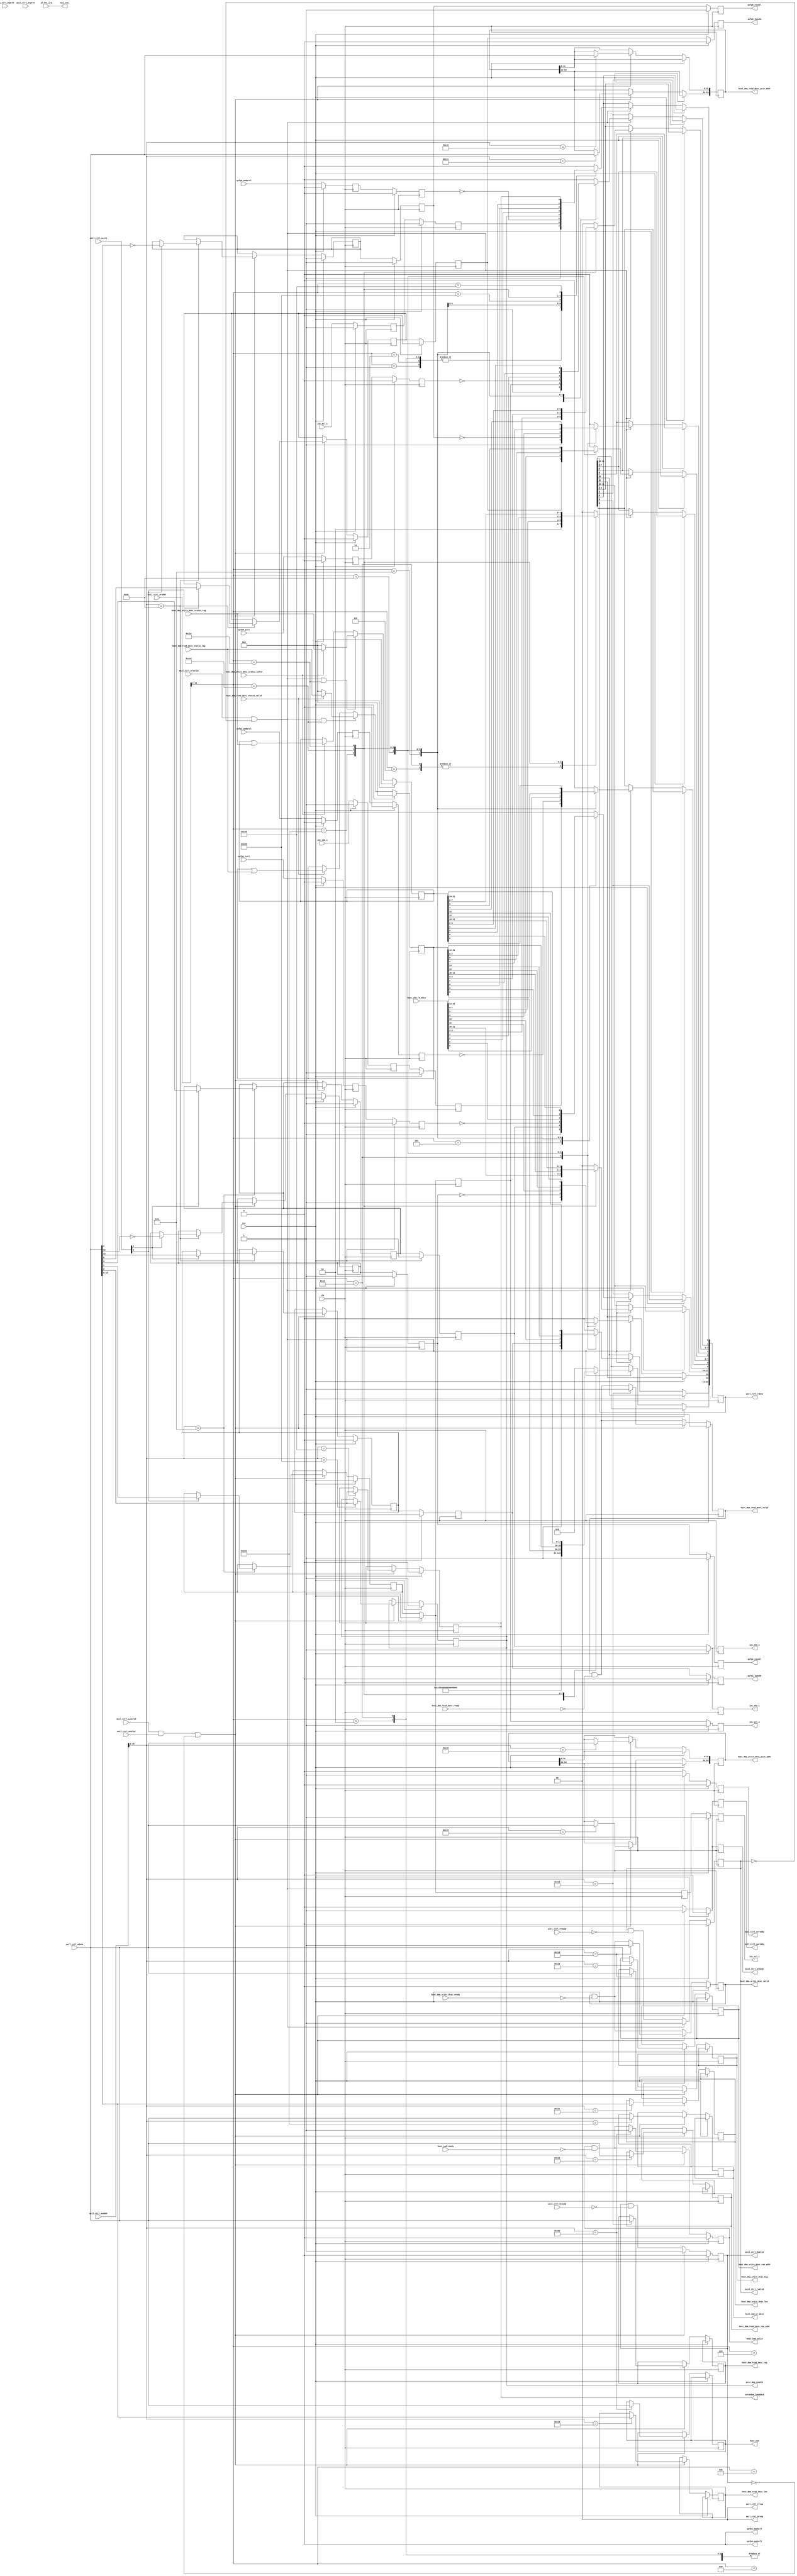
// This program was cloned from: https://github.com/ucsdsysnet/Rosebud
// License: MIT License

/*

Copyright (c) 2019-2021 Moein Khazraee

Permission is hereby granted, free of charge, to any person obtaining a copy
of this software and associated documentation files (the "Software"), to deal
in the Software without restriction, including without limitation the rights
to use, copy, modify, merge, publish, distribute, sublicense, and/or sell
copies of the Software, and to permit persons to whom the Software is
furnished to do so, subject to the following conditions:

The above copyright notice and this permission notice shall be included in
all copies or substantial portions of the Software.

THE SOFTWARE IS PROVIDED "AS IS", WITHOUT WARRANTY OF ANY KIND, EXPRESS OR
IMPLIED, INCLUDING BUT NOT LIMITED TO THE WARRANTIES OF MERCHANTABILITY
FITNESS FOR A PARTICULAR PURPOSE AND NONINFRINGEMENT. IN NO EVENT SHALL THE
AUTHORS OR COPYRIGHT HOLDERS BE LIABLE FOR ANY CLAIM, DAMAGES OR OTHER
LIABILITY, WHETHER IN AN ACTION OF CONTRACT, TORT OR OTHERWISE, ARISING FROM,
OUT OF OR IN CONNECTION WITH THE SOFTWARE OR THE USE OR OTHER DEALINGS IN
THE SOFTWARE.

*/

// Language: Verilog 2001

`resetall
`timescale 1ns / 1ps
`default_nettype none

module pcie_config # (
  parameter PCIE_ADDR_WIDTH         = 64,
  parameter PCIE_RAM_ADDR_WIDTH     = 32,
  parameter PCIE_DMA_LEN_WIDTH      = 16,
  parameter HOST_DMA_TAG_WIDTH      = 32,
  parameter AXIL_DATA_WIDTH         = 32,
  parameter AXIL_STRB_WIDTH         = (AXIL_DATA_WIDTH/8),
  parameter AXIL_ADDR_WIDTH         = 32,
  parameter IF_COUNT                = 2,
  parameter PORTS_PER_IF            = 1,
  parameter FW_ID                   = 32'd0,
  parameter FW_VER                  = {16'd0, 16'd1},
  parameter BOARD_ID                = {16'h1ce4, 16'h0003},
  parameter BOARD_VER               = {16'd0, 16'd1},
  parameter FPGA_ID                 = 32'h3823093
) (
  input  wire                           clk,
  input  wire                           rst,

  // AXI lite
  input  wire [AXIL_ADDR_WIDTH-1:0]     axil_ctrl_awaddr,
  input  wire [2:0]                     axil_ctrl_awprot,
  input  wire                           axil_ctrl_awvalid,
  output reg                            axil_ctrl_awready,
  input  wire [AXIL_DATA_WIDTH-1:0]     axil_ctrl_wdata,
  input  wire [AXIL_STRB_WIDTH-1:0]     axil_ctrl_wstrb,
  input  wire                           axil_ctrl_wvalid,
  output reg                            axil_ctrl_wready,
  output wire [1:0]                     axil_ctrl_bresp,
  output reg                            axil_ctrl_bvalid,
  input  wire                           axil_ctrl_bready,
  input  wire [AXIL_ADDR_WIDTH-1:0]     axil_ctrl_araddr,
  input  wire [2:0]                     axil_ctrl_arprot,
  input  wire                           axil_ctrl_arvalid,
  output reg                            axil_ctrl_arready,
  output reg  [AXIL_DATA_WIDTH-1:0]     axil_ctrl_rdata,
  output wire [1:0]                     axil_ctrl_rresp,
  output reg                            axil_ctrl_rvalid,
  input  wire                           axil_ctrl_rready,

  // DMA requests from Host
  output reg  [PCIE_ADDR_WIDTH-1:0]     host_dma_read_desc_pcie_addr,
  output reg  [PCIE_RAM_ADDR_WIDTH-1:0] host_dma_read_desc_ram_addr,
  output reg  [PCIE_DMA_LEN_WIDTH-1:0]  host_dma_read_desc_len,
  output reg  [HOST_DMA_TAG_WIDTH-1:0]  host_dma_read_desc_tag,
  output reg                            host_dma_read_desc_valid,
  input  wire                           host_dma_read_desc_ready,
  input  wire [HOST_DMA_TAG_WIDTH-1:0]  host_dma_read_desc_status_tag,
  input  wire                           host_dma_read_desc_status_valid,

  output reg  [PCIE_ADDR_WIDTH-1:0]     host_dma_write_desc_pcie_addr,
  output reg  [PCIE_RAM_ADDR_WIDTH-1:0] host_dma_write_desc_ram_addr,
  output reg  [PCIE_DMA_LEN_WIDTH-1:0]  host_dma_write_desc_len,
  output reg  [HOST_DMA_TAG_WIDTH-1:0]  host_dma_write_desc_tag,
  output reg                            host_dma_write_desc_valid,
  input  wire                           host_dma_write_desc_ready,
  input  wire [HOST_DMA_TAG_WIDTH-1:0]  host_dma_write_desc_status_tag,
  input  wire                           host_dma_write_desc_status_valid,

  // I2C and config
  input  wire                           i2c_scl_i,
  output reg                            i2c_scl_o,
  output reg                            i2c_scl_t,
  input  wire                           i2c_sda_i,
  output reg                            i2c_sda_o,
  output reg                            i2c_sda_t,

  output wire                           qsfp0_modsell,
  output reg                            qsfp0_resetl,
  input  wire                           qsfp0_modprsl,
  input  wire                           qsfp0_intl,
  output reg                            qsfp0_lpmode,

  output wire                           qsfp1_modsell,
  output reg                            qsfp1_resetl,
  input  wire                           qsfp1_modprsl,
  input  wire                           qsfp1_intl,
  output reg                            qsfp1_lpmode,

  // Host commands
  output reg  [31:0]                    host_cmd,
  output reg  [31:0]                    host_cmd_wr_data,
  input  wire [31:0]                    host_cmd_rd_data,
  output reg                            host_cmd_valid,
  input  wire                           host_cmd_ready,

  // PCIe DMA enable and interrupts
  output reg                            pcie_dma_enable,
  output reg                            corundum_loopback,
  input  wire [31:0]                    if_msi_irq,
  output wire [31:0]                    msi_irq
);

// Interface and port count, and address space allocation. If corundum is used.
parameter IF_AXIL_ADDR_WIDTH  = AXIL_ADDR_WIDTH-$clog2(IF_COUNT);
parameter AXIL_CSR_ADDR_WIDTH = IF_AXIL_ADDR_WIDTH-5-$clog2((PORTS_PER_IF+3)/8);

// State registers for readback
reg [HOST_DMA_TAG_WIDTH-1:0]  host_dma_read_status_tags;
reg [HOST_DMA_TAG_WIDTH-1:0]  host_dma_write_status_tags;

assign axil_ctrl_bresp  = 2'b00;
assign axil_ctrl_rresp  = 2'b00;

reg i2c_scl_i_r;
reg i2c_scl_o_r;
reg i2c_sda_i_r;
reg i2c_sda_o_r;
reg qsfp0_resetl_r;
reg qsfp0_modprsl_r;
reg qsfp0_intl_r;
reg qsfp0_lpmode_r;
reg qsfp1_resetl_r;
reg qsfp1_modprsl_r;
reg qsfp1_intl_r;
reg qsfp1_lpmode_r;

reg i2c_scl_i_rr;
reg i2c_scl_o_rr;
reg i2c_scl_t_rr;
reg i2c_sda_i_rr;
reg i2c_sda_o_rr;
reg qsfp0_resetl_rr;
reg qsfp0_modprsl_rr;
reg qsfp0_intl_rr;
reg qsfp0_lpmode_rr;
reg qsfp1_resetl_rr;
reg qsfp1_modprsl_rr;
reg qsfp1_intl_rr;
reg qsfp1_lpmode_rr;

assign qsfp0_modsell = 1'b0;
assign qsfp1_modsell = 1'b0;

always @(posedge clk) begin
    if (rst) begin
        axil_ctrl_awready          <= 1'b0;
        axil_ctrl_wready           <= 1'b0;
        axil_ctrl_bvalid           <= 1'b0;
        axil_ctrl_arready          <= 1'b0;
        axil_ctrl_rvalid           <= 1'b0;

        host_dma_read_desc_valid   <= 1'b0;
        host_dma_write_desc_valid  <= 1'b0;
        host_cmd_valid             <= 1'b0;
        host_dma_read_status_tags  <= {HOST_DMA_TAG_WIDTH{1'b0}};
        host_dma_write_status_tags <= {HOST_DMA_TAG_WIDTH{1'b0}};
        pcie_dma_enable            <= 1'b1;
        corundum_loopback          <= 1'b0;

        qsfp0_lpmode_r             <= 1'b0;
        qsfp1_lpmode_r             <= 1'b0;
        qsfp0_resetl_r             <= 1'b1;
        qsfp1_resetl_r             <= 1'b1;
        i2c_scl_o_r                <= 1'b1;
        i2c_sda_o_r                <= 1'b1;

    end else begin

        axil_ctrl_awready <= 1'b0;
        axil_ctrl_wready  <= 1'b0;
        axil_ctrl_bvalid  <= axil_ctrl_bvalid && !axil_ctrl_bready;
        axil_ctrl_arready <= 1'b0;
        axil_ctrl_rvalid  <= axil_ctrl_rvalid && !axil_ctrl_rready;

        host_dma_read_desc_valid  <= host_dma_read_desc_valid && !host_dma_read_desc_ready;
        host_dma_write_desc_valid <= host_dma_write_desc_valid && !host_dma_write_desc_ready;
        host_cmd_valid            <= host_cmd_valid && !host_cmd_ready;

        if (axil_ctrl_awvalid && axil_ctrl_wvalid && !axil_ctrl_bvalid) begin
            // write operation
            axil_ctrl_awready <= 1'b1;
            axil_ctrl_wready  <= 1'b1;
            axil_ctrl_bvalid  <= 1'b1;

            case ({axil_ctrl_awaddr[15:2], 2'b00})
                // GPIO
                16'h0110: begin
                    // GPIO I2C 0
                    if (axil_ctrl_wstrb[0]) begin
                        i2c_scl_o_r <= axil_ctrl_wdata[1];
                    end
                    if (axil_ctrl_wstrb[1]) begin
                        i2c_sda_o_r <= axil_ctrl_wdata[9];
                    end
                end
                16'h0120: begin
                    // GPIO XCVR 0123
                    if (axil_ctrl_wstrb[0]) begin
                        qsfp0_resetl_r <= !axil_ctrl_wdata[4];
                        qsfp0_lpmode_r <= axil_ctrl_wdata[5];
                    end
                    if (axil_ctrl_wstrb[1]) begin
                        qsfp1_resetl_r <= !axil_ctrl_wdata[12];
                        qsfp1_lpmode_r <= axil_ctrl_wdata[13];
                    end
                end

                // Cores control
                16'h0400: pcie_dma_enable  <= axil_ctrl_wdata[0];
                16'h0404: host_cmd_wr_data <= axil_ctrl_wdata;
                16'h0408: begin
                    host_cmd       <= axil_ctrl_wdata;
                    host_cmd_valid <= 1'b1;
                end

                // DMA request
                16'h0440: host_dma_read_desc_pcie_addr[31:0] <= axil_ctrl_wdata;
                16'h0444: host_dma_read_desc_pcie_addr[63:32] <= axil_ctrl_wdata;
                16'h0448: host_dma_read_desc_ram_addr[31:0] <= axil_ctrl_wdata;
                16'h0450: host_dma_read_desc_len <= axil_ctrl_wdata;
                16'h0454: begin
                    host_dma_read_desc_tag <= axil_ctrl_wdata;
                    host_dma_read_desc_valid <= 1'b1;
                end
                16'h0460: host_dma_write_desc_pcie_addr[31:0] <= axil_ctrl_wdata;
                16'h0464: host_dma_write_desc_pcie_addr[63:32] <= axil_ctrl_wdata;
                16'h0468: host_dma_write_desc_ram_addr[31:0] <= axil_ctrl_wdata;
                16'h0470: host_dma_write_desc_len <= axil_ctrl_wdata;
                16'h0474: begin
                    host_dma_write_desc_tag <= axil_ctrl_wdata;
                    host_dma_write_desc_valid <= 1'b1;
                end
                16'h0480: corundum_loopback <= axil_ctrl_wdata[0];
            endcase
        end

        if (axil_ctrl_arvalid && !axil_ctrl_rvalid) begin
            // read operation
            axil_ctrl_arready <= 1'b1;
            axil_ctrl_rvalid  <= 1'b1;
            axil_ctrl_rdata   <= {AXIL_DATA_WIDTH{1'b0}};

            case ({axil_ctrl_araddr[15:2], 2'b00})
                16'h0000: axil_ctrl_rdata <= FW_ID;      // fw_id
                16'h0004: axil_ctrl_rdata <= FW_VER;     // fw_ver
                16'h0008: axil_ctrl_rdata <= BOARD_ID;   // board_id
                16'h000C: axil_ctrl_rdata <= BOARD_VER;  // board_ver
                16'h0010: axil_ctrl_rdata <= 0;          // phc_count
                16'h0014: axil_ctrl_rdata <= 16'h0200;   // phc_offset
                16'h0018: axil_ctrl_rdata <= 16'h0080;   // phc_stride
                16'h0020: axil_ctrl_rdata <= IF_COUNT;   // if_count
                16'h0024: axil_ctrl_rdata <= 2**IF_AXIL_ADDR_WIDTH; // if_stride
                16'h002C: axil_ctrl_rdata <= 2**AXIL_CSR_ADDR_WIDTH; // if_ctrl_offset
                16'h0040: axil_ctrl_rdata <= FPGA_ID;    // fpga_id

                // GPIO
                16'h0110: begin
                    // GPIO I2C 0
                    axil_ctrl_rdata[0] <= i2c_scl_i_rr;
                    axil_ctrl_rdata[1] <= i2c_scl_o_rr;
                    axil_ctrl_rdata[8] <= i2c_sda_i_rr;
                    axil_ctrl_rdata[9] <= i2c_sda_o_rr;
                end
                16'h0120: begin
                    // GPIO XCVR 0123
                    axil_ctrl_rdata[0]  <= !qsfp0_modprsl_rr;
                    axil_ctrl_rdata[1]  <= !qsfp0_intl_rr;
                    axil_ctrl_rdata[4]  <= !qsfp0_resetl_rr;
                    axil_ctrl_rdata[5]  <= qsfp0_lpmode_rr;
                    axil_ctrl_rdata[8]  <= !qsfp1_modprsl_rr;
                    axil_ctrl_rdata[9]  <= !qsfp1_intl_rr;
                    axil_ctrl_rdata[12] <= !qsfp1_resetl_rr;
                    axil_ctrl_rdata[13] <= qsfp1_lpmode_rr;
                end

                // Cores control and DMA request response
                16'h0400: axil_ctrl_rdata <= pcie_dma_enable;
                16'h0404: axil_ctrl_rdata <= host_cmd_rd_data;
                16'h0458: axil_ctrl_rdata <= host_dma_read_status_tags;
                16'h0478: axil_ctrl_rdata <= host_dma_write_status_tags;
                16'h0480: axil_ctrl_rdata <= corundum_loopback;
            endcase
        end

        if (axil_ctrl_arvalid && !axil_ctrl_rvalid && ({axil_ctrl_araddr[15:2], 2'd0}==16'h0458))
            if (!host_dma_read_desc_status_valid)
                host_dma_read_status_tags <= {HOST_DMA_TAG_WIDTH{1'b0}};
            else
                host_dma_read_status_tags <= host_dma_read_desc_status_tag;
        else if (host_dma_read_desc_status_valid)
          host_dma_read_status_tags <= host_dma_read_status_tags | host_dma_read_desc_status_tag;

        if (axil_ctrl_arvalid && !axil_ctrl_rvalid && ({axil_ctrl_araddr[15:2], 2'd0}==16'h0478))
            if (!host_dma_write_desc_status_valid)
                host_dma_write_status_tags <= {HOST_DMA_TAG_WIDTH{1'b0}};
            else
                host_dma_write_status_tags <= host_dma_write_desc_status_tag;
        else if (host_dma_write_desc_status_valid)
          host_dma_write_status_tags <= host_dma_write_status_tags | host_dma_write_desc_status_tag;

    end
end

// One level register before i2c and flash input/outputs for better timing
always @(posedge clk)
    if (rst) begin
        qsfp0_lpmode     <= 1'b0;
        qsfp1_lpmode     <= 1'b0;
        qsfp0_resetl     <= 1'b1;
        qsfp1_resetl     <= 1'b1;
        i2c_scl_o        <= 1'b1;
        i2c_scl_t        <= 1'b1;
        i2c_sda_o        <= 1'b1;
        i2c_sda_t        <= 1'b1;
        qsfp0_lpmode_rr  <= 1'b0;
        qsfp1_lpmode_rr  <= 1'b0;
        qsfp0_resetl_rr  <= 1'b1;
        qsfp1_resetl_rr  <= 1'b1;
        i2c_scl_o_rr     <= 1'b1;
        i2c_scl_t_rr     <= 1'b1;
        i2c_sda_o_rr     <= 1'b1;

        i2c_scl_i_rr     <= 1'b1;
        i2c_sda_i_rr     <= 1'b1;
        qsfp0_modprsl_rr <= 1'b0;
        qsfp1_modprsl_rr <= 1'b0;
        qsfp0_intl_rr    <= 1'b0;
        qsfp1_intl_rr    <= 1'b0;
        i2c_scl_i_r      <= 1'b1;
        i2c_sda_i_r      <= 1'b1;
        qsfp0_modprsl_r  <= 1'b0;
        qsfp1_modprsl_r  <= 1'b0;
        qsfp0_intl_r     <= 1'b0;
        qsfp1_intl_r     <= 1'b0;
    end else begin
        qsfp0_lpmode     <= qsfp0_lpmode_rr;
        qsfp1_lpmode     <= qsfp1_lpmode_rr;
        qsfp0_resetl     <= qsfp0_resetl_rr;
        qsfp1_resetl     <= qsfp1_resetl_rr;
        i2c_scl_o        <= i2c_scl_o_rr;
        i2c_scl_t        <= i2c_scl_t_rr;
        i2c_sda_o        <= i2c_sda_o_rr;
        i2c_sda_t        <= i2c_sda_o_rr;
        qsfp0_lpmode_rr  <= qsfp0_lpmode_r;
        qsfp1_lpmode_rr  <= qsfp1_lpmode_r;
        qsfp0_resetl_rr  <= qsfp0_resetl_r;
        qsfp1_resetl_rr  <= qsfp1_resetl_r;
        i2c_scl_o_rr     <= i2c_scl_o_r;
        i2c_scl_t_rr     <= i2c_scl_o_r;
        i2c_sda_o_rr     <= i2c_sda_o_r;

        i2c_scl_i_rr     <= i2c_scl_i_r;
        i2c_sda_i_rr     <= i2c_sda_i_r;
        qsfp0_modprsl_rr <= qsfp0_modprsl_r;
        qsfp1_modprsl_rr <= qsfp1_modprsl_r;
        qsfp0_intl_rr    <= qsfp0_intl_r;
        qsfp1_intl_rr    <= qsfp1_intl_r;
        i2c_scl_i_r      <= i2c_scl_i;
        i2c_sda_i_r      <= i2c_sda_i;
        qsfp0_modprsl_r  <= qsfp0_modprsl;
        qsfp1_modprsl_r  <= qsfp1_modprsl;
        qsfp0_intl_r     <= qsfp0_intl;
        qsfp1_intl_r     <= qsfp1_intl;
    end

// assign msi_irq[0] = host_dma_read_desc_status_valid || host_dma_write_desc_status_valid;
assign msi_irq = if_msi_irq;

endmodule

`resetall